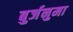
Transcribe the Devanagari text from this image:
बुर्जनुमा